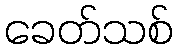
ခေတ်သစ်